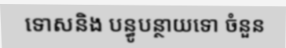
ទោសនិង បន្ធូបន្ថាយទោ ចំនួន